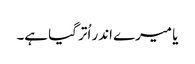
یا میرے اندر اُتر گیا ہے۔